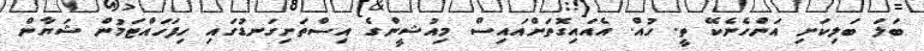
ބަލަ ބަލިކަށި އަންހެނެކޭ ތީ. ހުއް. އެއައިގޮތަށްއައިސް މިއުޝީންގެ އިސްތަށިގަނޑުގައި ހިފަހައްޓަމުން ޝަޔާން